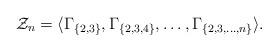
LaTeX: \begin{align*}\mathcal{Z}_{n}=\langle \Gamma_{\{2,3\}}, \Gamma_{\{2,3,4\}},\ldots, \Gamma_{\{2,3,\ldots,n\}}\rangle.\end{align*}